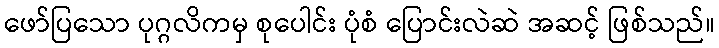
ဖော်ပြသော ပုဂ္ဂလိကမှ စုပေါင်း ပုံစံ ပြောင်းလဲဆဲ အဆင့် ဖြစ်သည်။